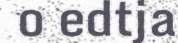
o edtja